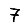
Digit: 7